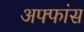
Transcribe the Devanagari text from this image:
अफ्फांस